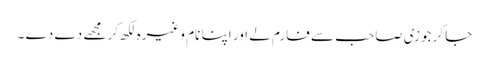
جاکر جوزی صاحب سے فارم لے اور اپنا نام وغیرہ لکھ کر مجھے دے دے ۔